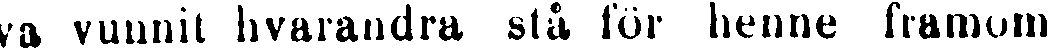
va vunnit hvarandra stå för henne framom